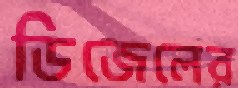
ডিজেলের